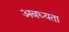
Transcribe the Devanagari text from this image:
अबध्यता